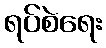
ရပ်စဲရေး